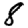
Digit: 8